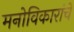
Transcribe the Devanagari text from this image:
मनोविकारांचे